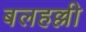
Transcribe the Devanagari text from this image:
बलहल्ली